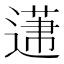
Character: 𨕤